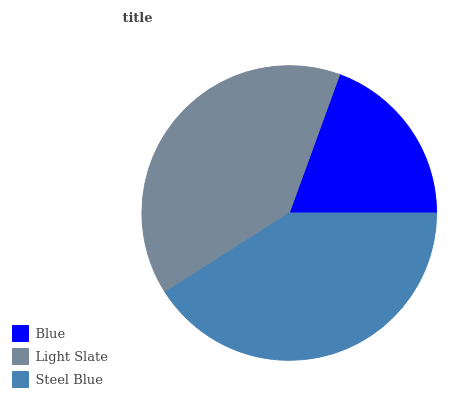
| Blue | Light Slate | Steel Blue |
 | --- | --- | --- |
 | 19.4% | 39.6% | 40.9% |